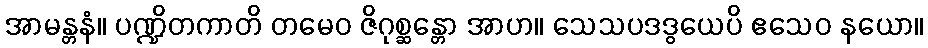
အာမန္တနံ။ ပဏ္ဍိတကာတိ တမေဝ ဇိဂုစ္ဆန္တော အာဟ။ သေသပဒဒွယေပိ ဧသေဝ နယော။